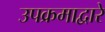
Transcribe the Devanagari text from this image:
उपक्रमाद्वारे